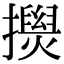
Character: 𢸂